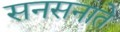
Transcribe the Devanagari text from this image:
सनसनाते